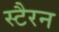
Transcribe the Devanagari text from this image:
स्टैरन